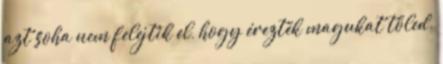
azt soha nem felejtik el, hogy érezték magukat tőled.